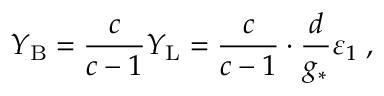
Y _ { \mathrm { B } } = \frac { c } { c - 1 } Y _ { \mathrm { L } } = \frac { c } { c - 1 } \cdot \frac { d } { g _ { * } ^ { ~ } } \varepsilon _ { 1 } \; ,